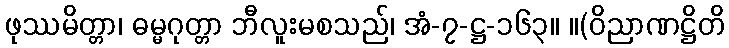
ဖုဿမိတ္တာ၊ ဓမ္မဂုတ္တာ ဘီလူးမစသည်၊ အံ-၇-ဋ္ဌ-၁၆၃။ ။(ဝိညာဏဋ္ဌိတိ